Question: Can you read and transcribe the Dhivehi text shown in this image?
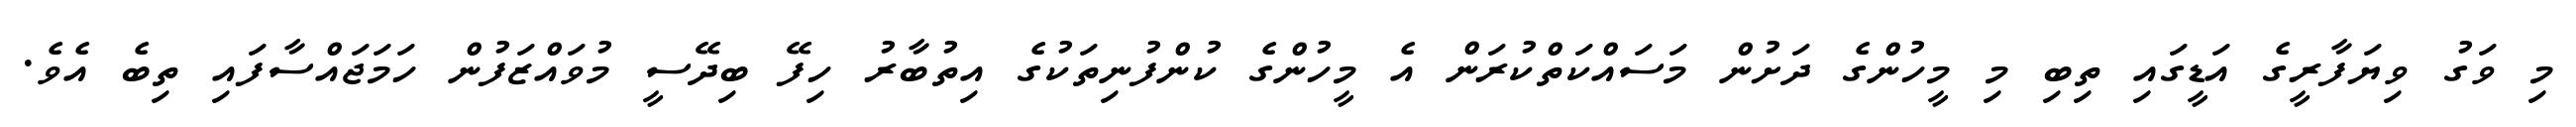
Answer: މި ވަގު ވިޔަފާރީގެ އަޑީގައި ތިބި މި މީހުންގެ ދަށުން މަސައްކަތްކުރަން އެ މީހުންގެ ކުންފުނިތަކުގެ އިތުބާރު ހިފޭ ބިދޭސީ މުވައްޒަފުން ހަމަޖައްސާފައި ތިބެ އެވެ.